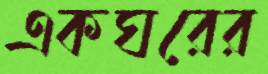
একঘরের